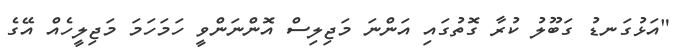
"އަޅުގަނޑު ގަބޫލު ކުރާ ގޮތުގައި އަންނަ މަޖިލިސް އޮންނަންވީ ހަމަހަމަ މަޖިލީހެއް އޭގެ